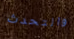
والتحدث